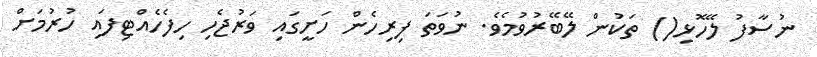
ނުސާފު ލޭހޮޅި() ތަކުން ލޭބޭރުވުމެވެ. ނުވަތަ ފިރިހެން ހަށީގައި ވަރުޖެހި ހިފެހެއްޓިފައި ހުރުމަށް